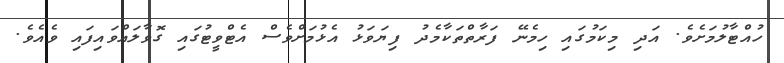
ހުއްޓާލުމަށެވެ. އަދި މިކަމުގައި ހިމެނޭ ފަރާތްތަކާމެދު ފިޔަވަޅު އެޅުމަށްވެސް އެޓްވީޓުގައި ގޮވާލައްވައިފައި ވެއެވެ.